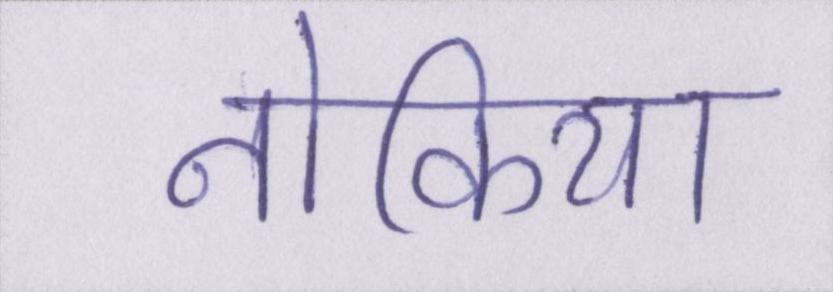
नोकिया